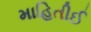
માહિતીઈ